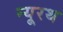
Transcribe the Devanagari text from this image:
न्यूरथ